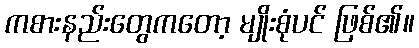
ကစားနည်းတွေကတော့ မျိုးစုံပင် ဖြစ်၏။